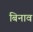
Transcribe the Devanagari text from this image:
बिनाव